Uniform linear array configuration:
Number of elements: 8
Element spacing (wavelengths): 0.25
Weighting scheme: kaiser
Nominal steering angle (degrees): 30
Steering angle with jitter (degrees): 29.659
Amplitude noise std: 0.05
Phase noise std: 0.05

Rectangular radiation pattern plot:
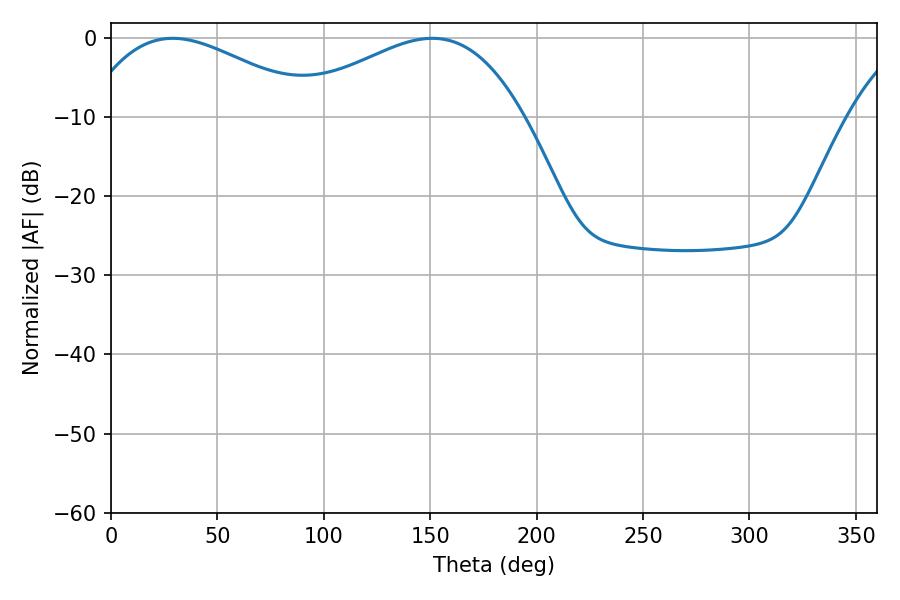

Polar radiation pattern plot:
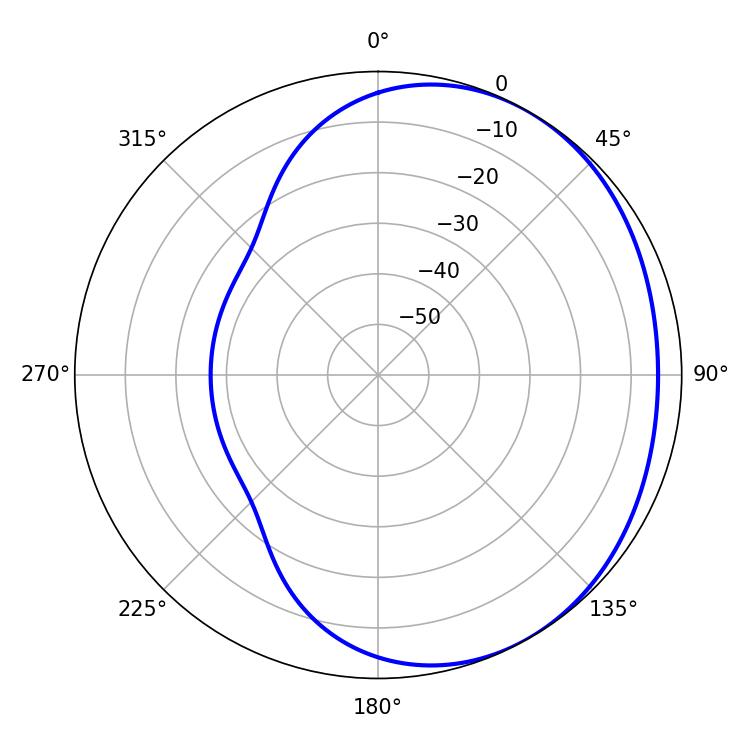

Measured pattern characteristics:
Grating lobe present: FALSE
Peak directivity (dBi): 2.234
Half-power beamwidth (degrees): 59.94
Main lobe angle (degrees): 28.98